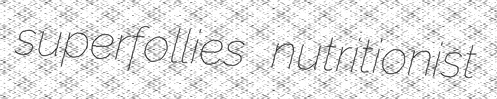
superfollies nutritionist